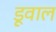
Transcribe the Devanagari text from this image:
डूवाल